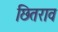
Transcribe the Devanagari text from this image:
छितराव